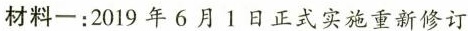
材料一：2019年6月1日正式实施重新修订